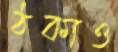
ঠকাও